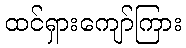
ထင်ရှားကျော်ကြား